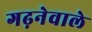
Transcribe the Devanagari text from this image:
गढ़नेवाले